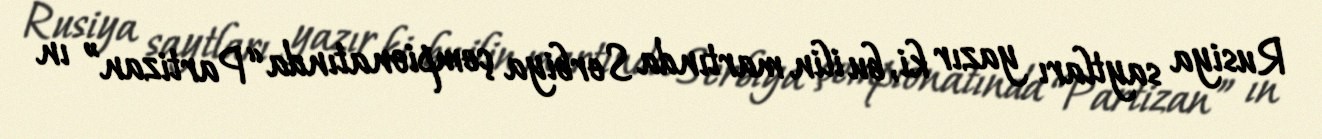
Rusiya saytları yazır ki, bu ilin martında Serbiya çempionatında “Partizan” ın